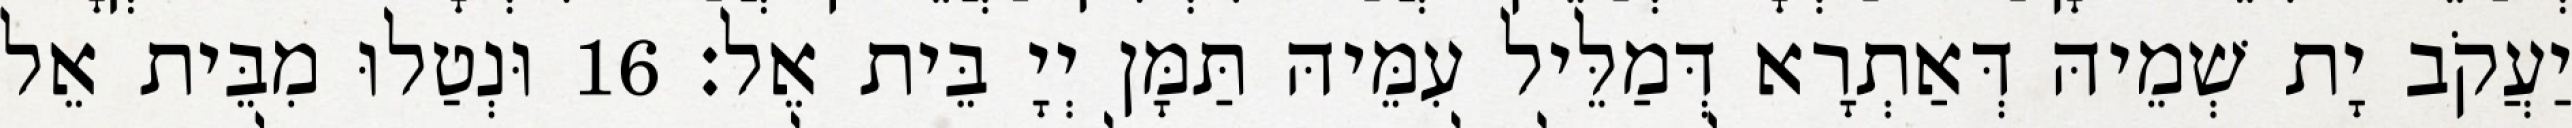
יַעֲקֹב יָת שְׁמֵיהּ דְּאַתְרָא דְּמַלֵּיל עִמֵּיהּ תַּמָּן יְיָ בֵּית אֵל׃ 16 וּנְטַלוּ מִבֵּית אֵל